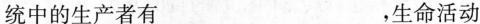
统中的生产者有___，生命活动